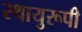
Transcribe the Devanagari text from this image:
स्थायुरूपी